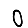
Digit: 0